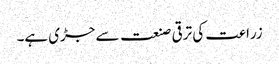
زراعت کی ترقی صنعت سے جڑی ہے۔